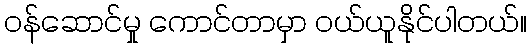
ဝန်ဆောင်မှု ကောင်တာမှာ ဝယ်ယူနိုင်ပါတယ်။